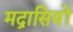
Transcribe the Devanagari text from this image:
मद्रासियों